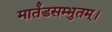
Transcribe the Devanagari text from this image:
मार्तंडसम्भुतम्।